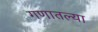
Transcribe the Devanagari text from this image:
गणातल्या